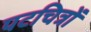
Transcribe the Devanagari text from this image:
पटचित्रों